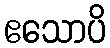
ဧသောပိ